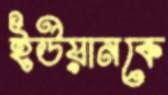
ইউয়ানকে